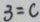
3 = c